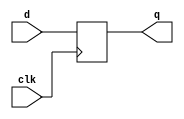
module dff
(
input wire clk,
input wire d,
output reg q
);

always @(posedge clk)
q <= d;

endmodule